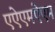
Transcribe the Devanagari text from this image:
एऐएमऐएम